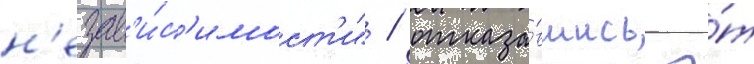
н'езав'и́с'имост'и" / отказа́вшись о́т